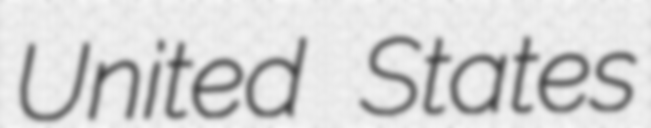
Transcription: United States